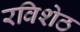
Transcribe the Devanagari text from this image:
रविशेठ